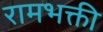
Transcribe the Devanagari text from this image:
रामभक्ती